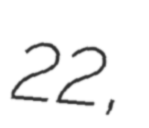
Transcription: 22,